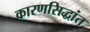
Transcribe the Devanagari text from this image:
कारणसिद्धांत